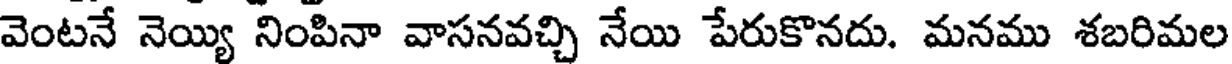
వెంటనే నెయ్యి నింపినా వాసనవచ్చి నేయి పేరుకొనదు. మనము శబరిమల